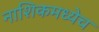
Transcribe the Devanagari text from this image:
नाशिकमध्येच